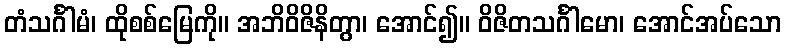
တံသင်္ဂါမံ၊ ထိုစစ်မြေကို။ အဘိဝိဇိနိတွာ၊ အောင်၍။ ဝိဇိတသင်္ဂါမော၊ အောင်အပ်သော